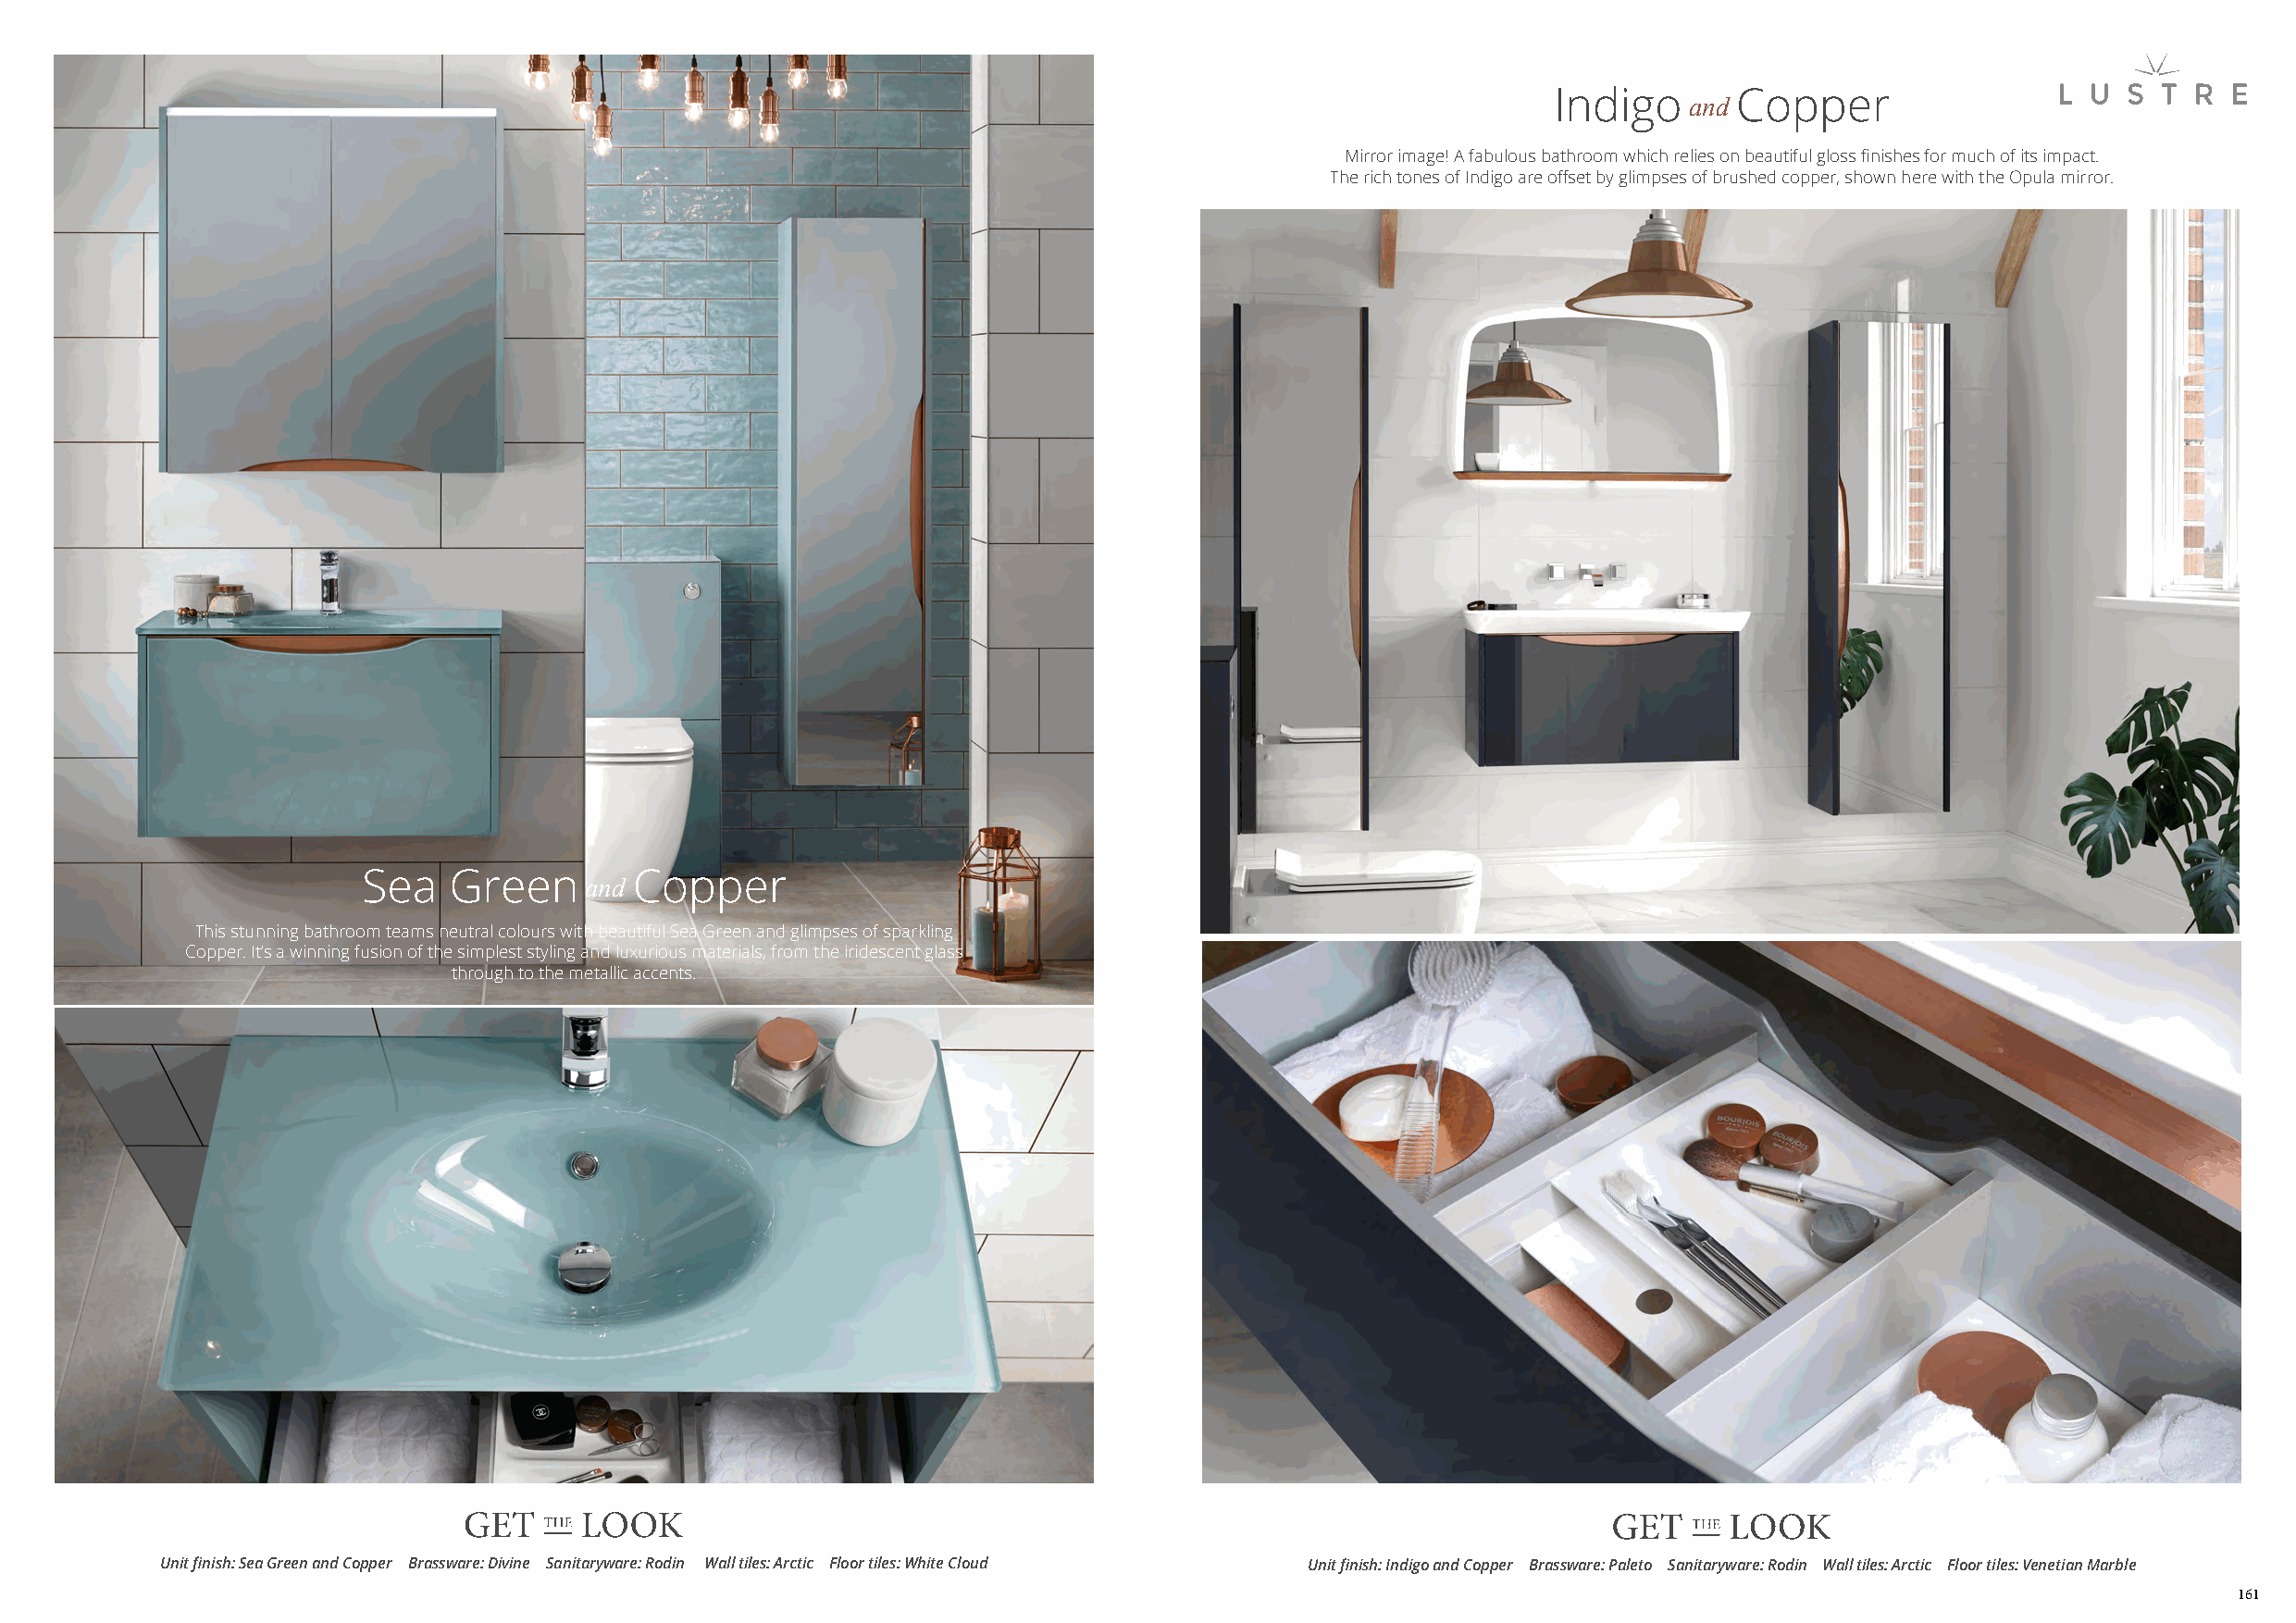
Indigo       Copper
 and
 Mirror image! A fabulous bathroom which relies on beautiful gloss finishes for much of its impact.
 The rich tones of Indigo are offset by glimpses of brushed copper, shown here with the Opula mirror.
 Sea   Green        Copper
 and
 This stunning bathroom teams neutral colours with beautiful Sea Green and glimpses of sparkling
 Copper. It’s a winning fusion of the simplest styling and luxurious materials, from the iridescent glass
 through to the metallic accents.
 Unit finish: Sea Green and Copper Brassware: Divine Sanitaryware: Rodin Wall tiles: Arctic Floor tiles: White Cloud Unit finish: Indigo and Copper Brassware: Paleto Sanitaryware: Rodin Wall tiles: Arctic Floor tiles: Venetian Marble
 161